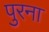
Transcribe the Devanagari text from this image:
पुरना